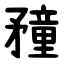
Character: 䂌